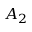
A _ { 2 }